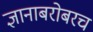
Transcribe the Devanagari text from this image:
ज्ञानाबरोबरच